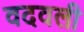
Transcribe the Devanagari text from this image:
वदवली